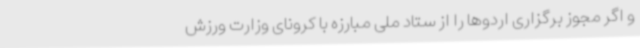
و اگر مجوز برگزاری اردوها را از ستاد ملی مبارزه با کرونای وزارت ورزش